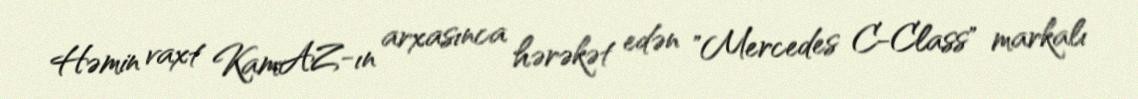
Həmin vaxt KamAZ-ın arxasınca hərəkət edən "Mercedes C-Class" markalı